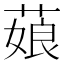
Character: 𦷄